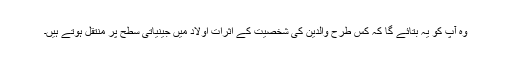
وہ آپ کو یہ بتائے گا کہ کس طرح والدین کی شخصیت کے اثرات اولاد میں جینیاتی سطح پر منتقل ہوتے ہیں۔